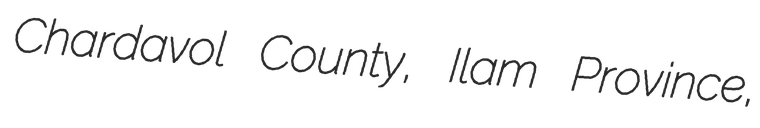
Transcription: Chardavol County, Ilam Province,